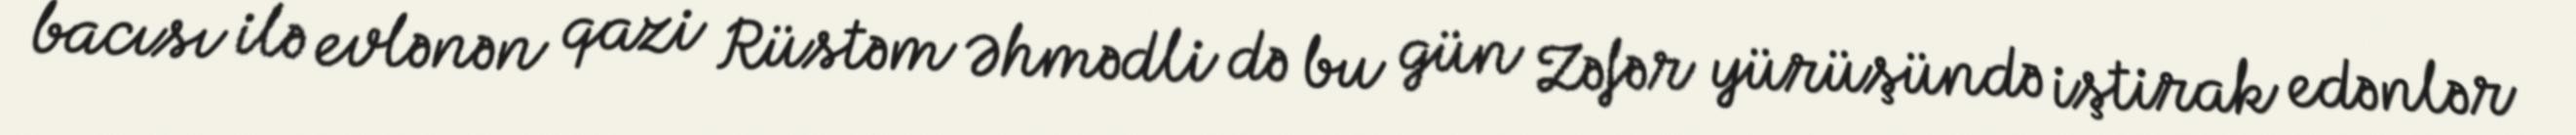
bacısı ilə evlənən qazi Rüstəm Əhmədli də bu gün Zəfər yürüşündə iştirak edənlər